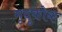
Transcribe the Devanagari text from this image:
मृदुकोक